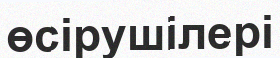
өсірушілері